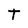
Character: T